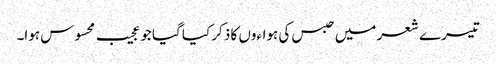
تیسرے شعر میں حبس کی ہواءوں کا ذکر کیا گیا جو عجیب محسوس ہوا۔